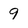
Character: 9